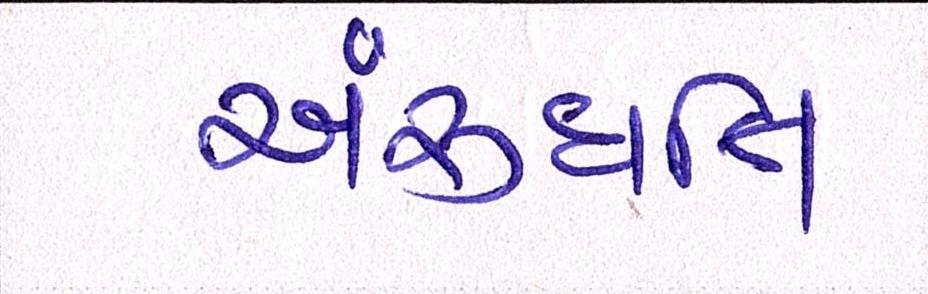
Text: અરુંધતિ